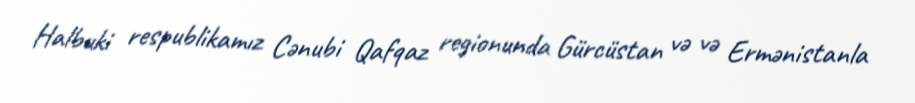
Halbuki respublikamız Cənubi Qafqaz regionunda Gürcüstan və və Ermənistanla